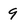
Character: 9